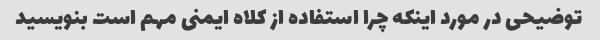
توضیحی در مورد اینکه چرا استفاده از کلاه ایمنی مهم است بنویسید